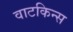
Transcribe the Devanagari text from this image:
वाटकिन्स